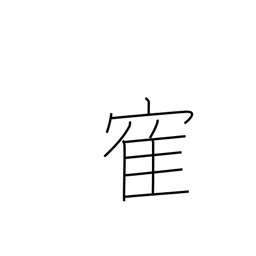
Meaning: crane (bird)